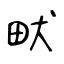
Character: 畎